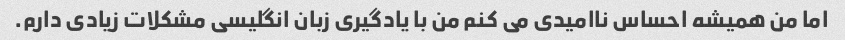
اما من همیشه احساس ناامیدی می کنم من با یادگیری زبان انگلیسی مشکلات زیادی دارم.